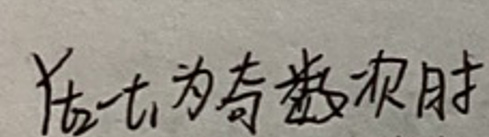
\(y = 7 \)为奇函数时